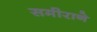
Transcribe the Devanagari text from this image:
समीराने